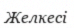
Желкесі